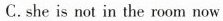
C.she is not in the room now